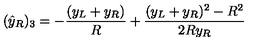
( { \hat { y } } _ { R } ) _ { 3 } = - { \frac { ( y _ { L } + y _ { R } ) } { R } } + { \frac { ( y _ { L } + y _ { R } ) ^ { 2 } - R ^ { 2 } } { 2 R y _ { R } } }